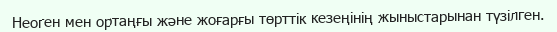
Неоген мен ортаңғы және жоғарғы төрттік кезеңінің жыныстарынан түзілген.